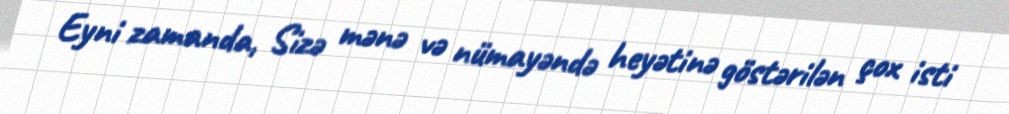
Eyni zamanda, Sizə mənə və nümayəndə heyətinə göstərilən çox isti